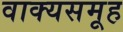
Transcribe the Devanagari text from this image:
वाक्यसमूह